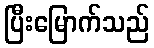
ပြီးမြောက်သည်